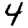
Digit: 4